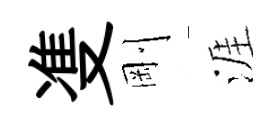
㕠剛涯